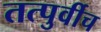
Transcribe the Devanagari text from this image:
तत्पुर्वीच